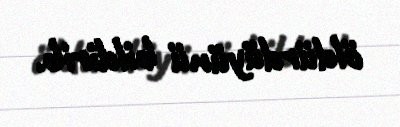
öldürdüyünü bildirib.